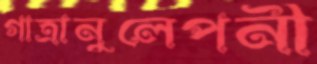
গাত্রানুলেপনী